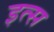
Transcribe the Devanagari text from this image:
इत्स